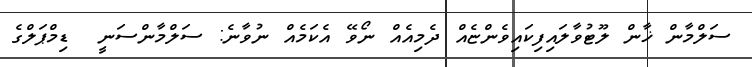
ސަލްމާން ޚާން ލޫޓުވާލައިފިކައިވެންޏެއް ދެމިއެއް ނޯވޭ އެކަމެއް ނުވާނެ: ސަލްމާންސަނީ  ޑިމްޕަލްގެ